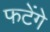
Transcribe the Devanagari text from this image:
फटेंगे